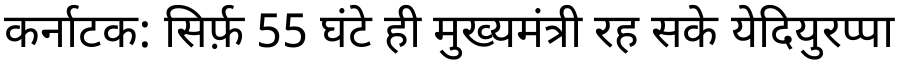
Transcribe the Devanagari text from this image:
कर्नाटक: सिर्फ़ 55 घंटे ही मुख्यमंत्री रह सके येदियुरप्पा